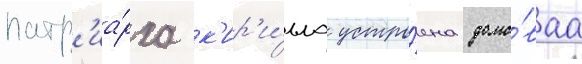
патр'иа́рха к'ир'и́лла устро́ена домо́ваа